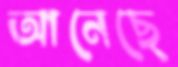
আনেছে